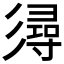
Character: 𢒫